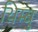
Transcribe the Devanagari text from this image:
थिम्बु